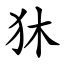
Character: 狇